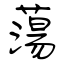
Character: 蕩